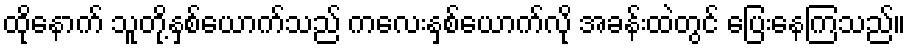
ထိုနောက် သူတို့နှစ်ယောက်သည် ကလေးနှစ်ယောက်လို အခန်းထဲတွင် ပြေးနေကြသည်။